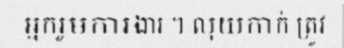
អ្នករួមការងារ ។ លុយកាក់ ត្រូវ